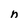
Character: n